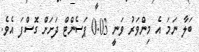
ބަލާ ނަމަ އެ މިންވަރު ވަނީ 0.03 ޕަސެންޓް ދަށަށް ގޮސްފަ އެވެ.